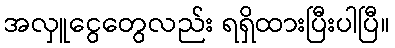
အလှူငွေတွေလည်း ရရှိထားပြီးပါပြီ။